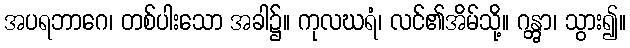
အပရဘာဂေ၊ တစ်ပါးသော အခါ၌။ ကုလဃရံ၊ လင်၏အိမ်သို့။ ဂန္တွာ၊ သွား၍။